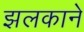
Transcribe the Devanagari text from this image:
झलकाने